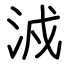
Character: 㳚